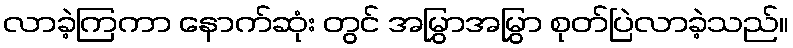
လာခဲ့ကြကာ နောက်ဆုံး တွင် အမြွှာအမြွှာ စုတ်ပြဲလာခဲ့သည်။